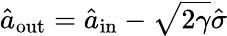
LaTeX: \hat{a}_{\mathrm{out}}=\hat{a}_{\mathrm{in}}-\sqrt{2\gamma}\hat{\sigma}